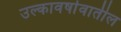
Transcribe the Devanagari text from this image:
उल्कावर्षावातील